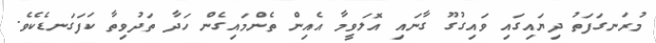
މުރަނގަފަތު ދިޔައިގައި ވައިގުގޫ ގާނައި އޮލަވީމާ އެއިން ތެންމައިގެން ހަދާ ތަދުވިތާ ކަފަގަނޑެކެވެ.